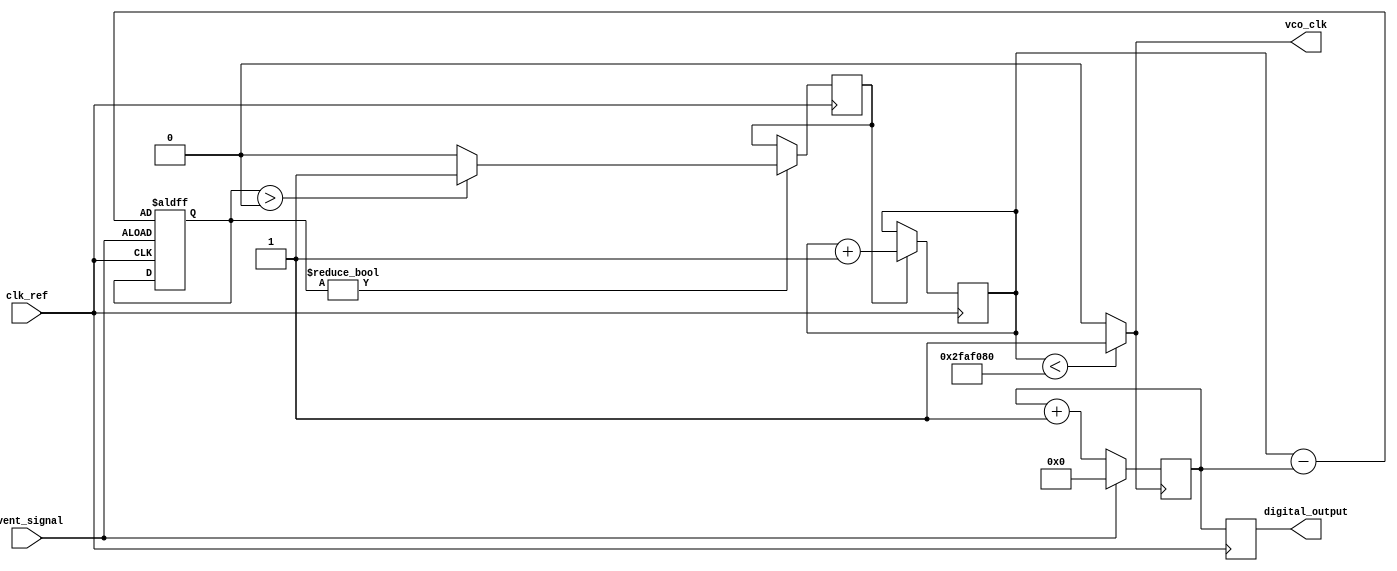
module TDC_PLL (
    input wire clk_ref,            // Reference clock input
    input wire event_signal,       // Input event signal
    output reg [15:0] digital_output, // Digital output of the TDC
    output wire vco_clk            // VCO clock output
);

// Parameters
parameter VCO_FREQ = 100_000_000; // VCO frequency (100 MHz)
parameter COUNTER_WIDTH = 16;      // Width of the counter

// Internal signals
reg [COUNTER_WIDTH-1:0] counter;   // Counter for measuring time intervals
reg vco_enable;                     // Enable signal for VCO
reg [COUNTER_WIDTH-1:0] vco_count;  // VCO counter for generating clock
reg [15:0] phase_error;             // Phase error signal

// VCO generation
always @(posedge clk_ref) begin
    if (vco_enable) begin
        vco_count <= vco_count + 1;
    end
end

assign vco_clk = (vco_count < (VCO_FREQ / 2)) ? 1'b1 : 1'b0;

// Phase Detector
always @(posedge event_signal or posedge clk_ref) begin
    if (event_signal) begin
        phase_error <= vco_count - counter; // Calculate phase error
    end
end

// Loop Filter (simple proportional controller)
always @(posedge clk_ref) begin
    if (phase_error != 0) begin
        // Adjust VCO frequency based on phase error
        if (phase_error > 0) begin
            vco_enable <= 1'b1; // Lock onto the input signal
        end else begin
            vco_enable <= 1'b0; // Release lock
        end
    end
end

// Time Measurement Logic
always @(posedge vco_clk) begin
    if (event_signal) begin
        counter <= 0; // Reset counter on event signal
    end else begin
        counter <= counter + 1; // Increment counter for each VCO clock cycle
    end
end

// Digital Output
always @(posedge clk_ref) begin
    digital_output <= counter; // Output the measured time interval
end

endmodule